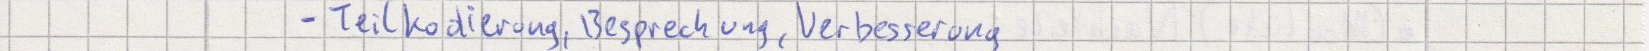
- Teilkodierung, Besprechung, Verbesserung